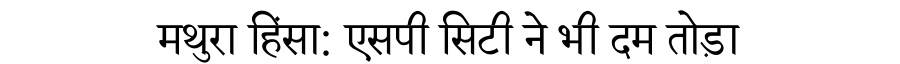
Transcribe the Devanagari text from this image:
मथुरा हिंसा: एसपी सिटी ने भी दम तोड़ा